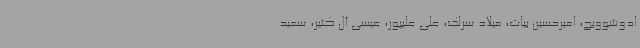
ادوشوویچ، امیرحسین بیات، میلاد سرلک، علی علیپور، عیسی آل کثیر، سعید